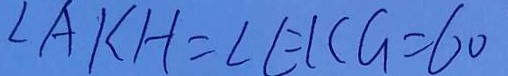
\angle A K H = \angle E K G = 6 0